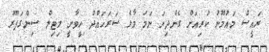
ރައީސް މައުމޫނު ކުރިއަށް ގެންދިޔަ ނަމަ މާލެ ސަރަހައްދު ހީވާނީ ލިޓިލް ސިންގަޕޫރު